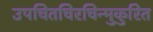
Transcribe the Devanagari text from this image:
उपचितचिरचिन्मुकुरित